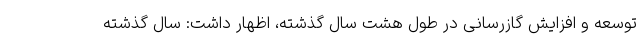
توسعه و افزایش گازرسانی در طول هشت سال گذشته، اظهار داشت: سال گذشته